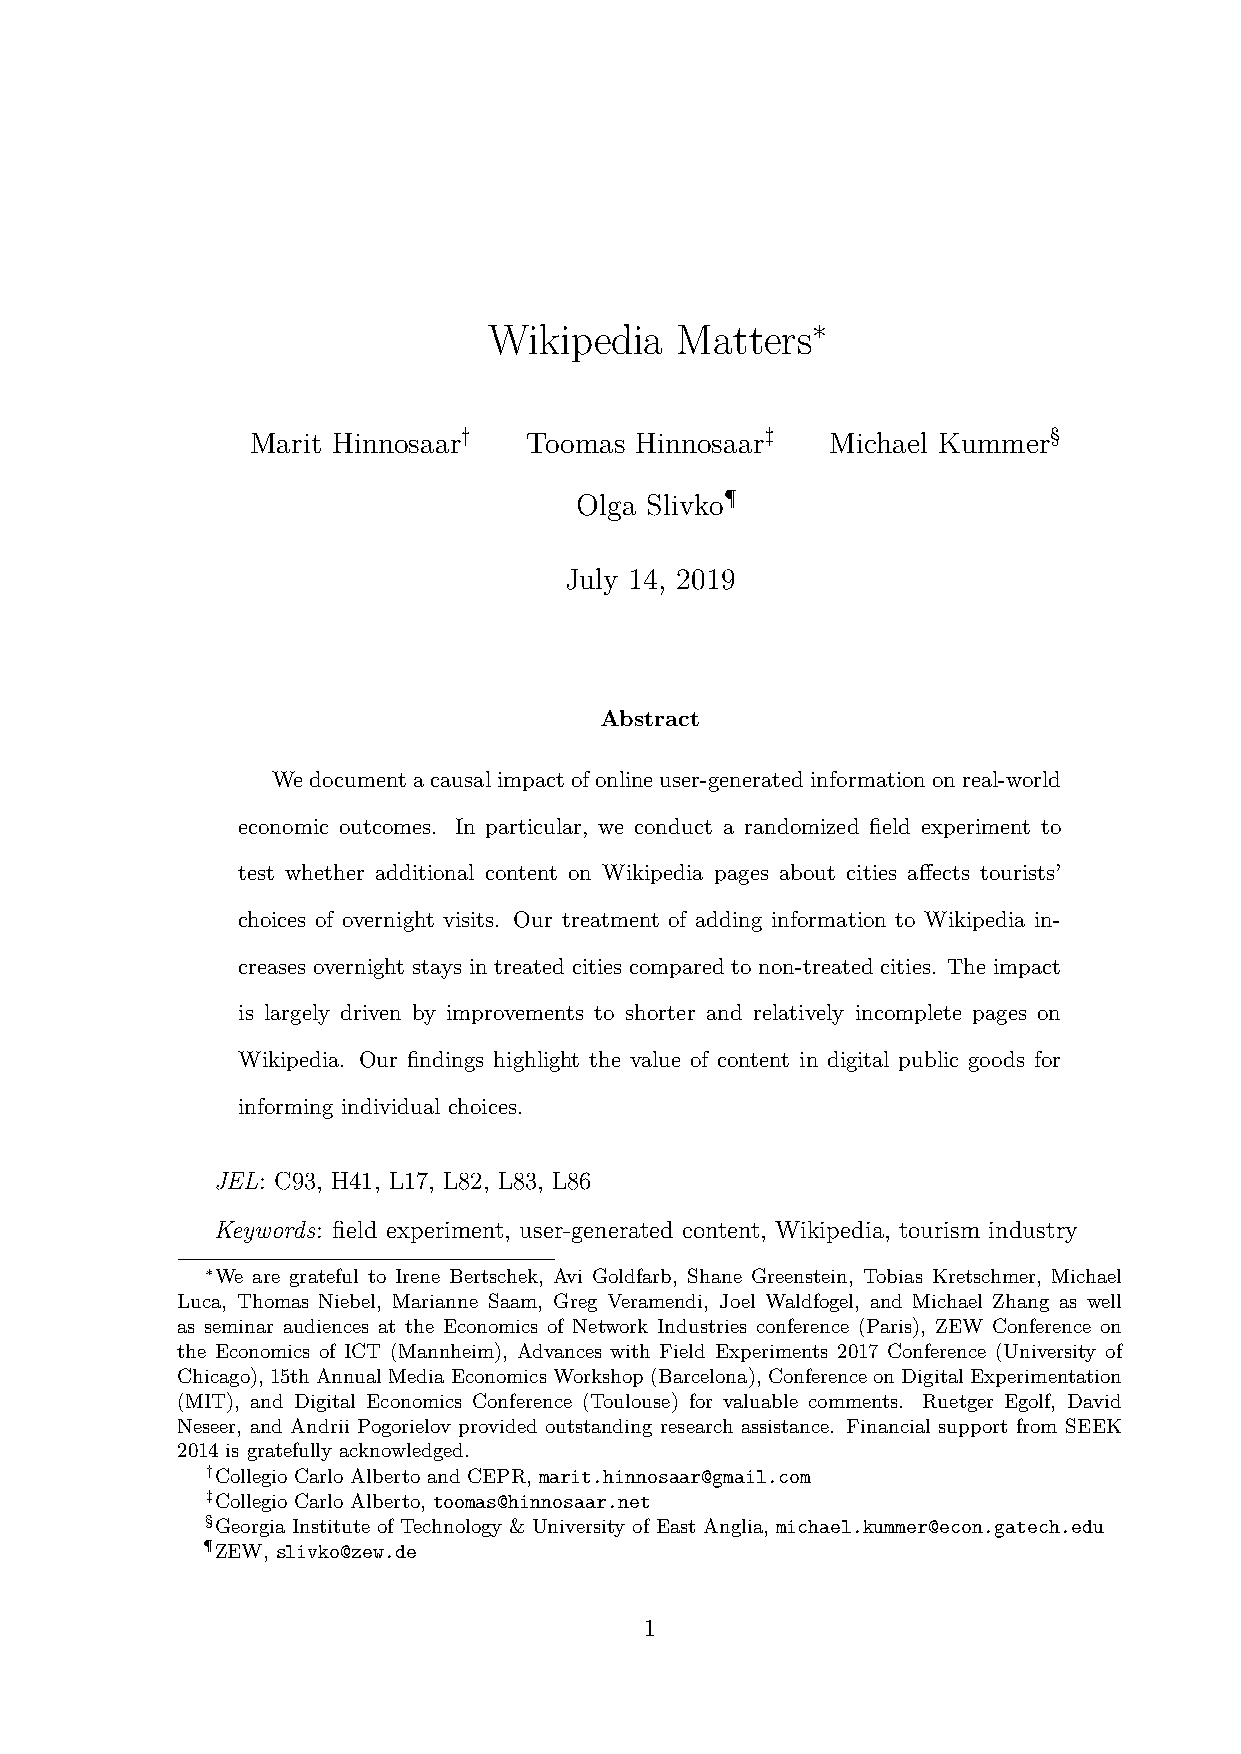
Wikipedia    Matters∗
 Marit Hinnosaar†  Toomas Hinnosaar‡   Michael Kummer§
 Olga Slivko¶
 July 14, 2019
 Abstract
 Wedocumentacausalimpactofonlineuser-generatedinformationonreal-world
 economic outcomes. In particular, we conduct a randomized field experiment to
 test whether additional content on Wikipedia pages about cities affects tourists’
 choices of overnight visits. Our treatment of adding information to Wikipedia in-
 creases overnight stays in treated cities compared to non-treated cities. The impact
 is largely driven by improvements to shorter and relatively incomplete pages on
 Wikipedia. Our findings highlight the value of content in digital public goods for
 informing individual choices.
 JEL: C93, H41, L17, L82, L83, L86
 Keywords: field experiment, user-generated content, Wikipedia, tourism industry
 ∗We are grateful to Irene Bertschek, Avi Goldfarb, Shane Greenstein, Tobias Kretschmer, Michael
 Luca, Thomas Niebel, Marianne Saam, Greg Veramendi, Joel Waldfogel, and Michael Zhang as well
 as seminar audiences at the Economics of Network Industries conference (Paris), ZEW Conference on
 the Economics of ICT (Mannheim), Advances with Field Experiments 2017 Conference (University of
 Chicago), 15thAnnualMediaEconomicsWorkshop(Barcelona), ConferenceonDigitalExperimentation
 (MIT), and Digital Economics Conference (Toulouse) for valuable comments. Ruetger Egolf, David
 Neseer, and Andrii Pogorielov provided outstanding research assistance. Financial support from SEEK
 2014 is gratefully acknowledged.
 †Collegio Carlo Alberto and CEPR, marit.hinnosaar@gmail.com
 ‡Collegio Carlo Alberto, toomas@hinnosaar.net
 §Georgia Institute of Technology & University of East Anglia, michael.kummer@econ.gatech.edu
 ¶ZEW, slivko@zew.de
 1